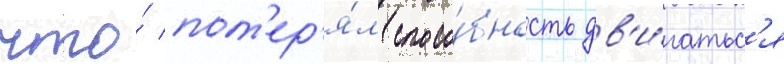
что́ пот'ер'я́л спосо́бность дв'и́гатьс'я